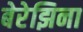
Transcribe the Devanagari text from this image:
बेरेझिना